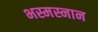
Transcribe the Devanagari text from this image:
भस्मस्नान